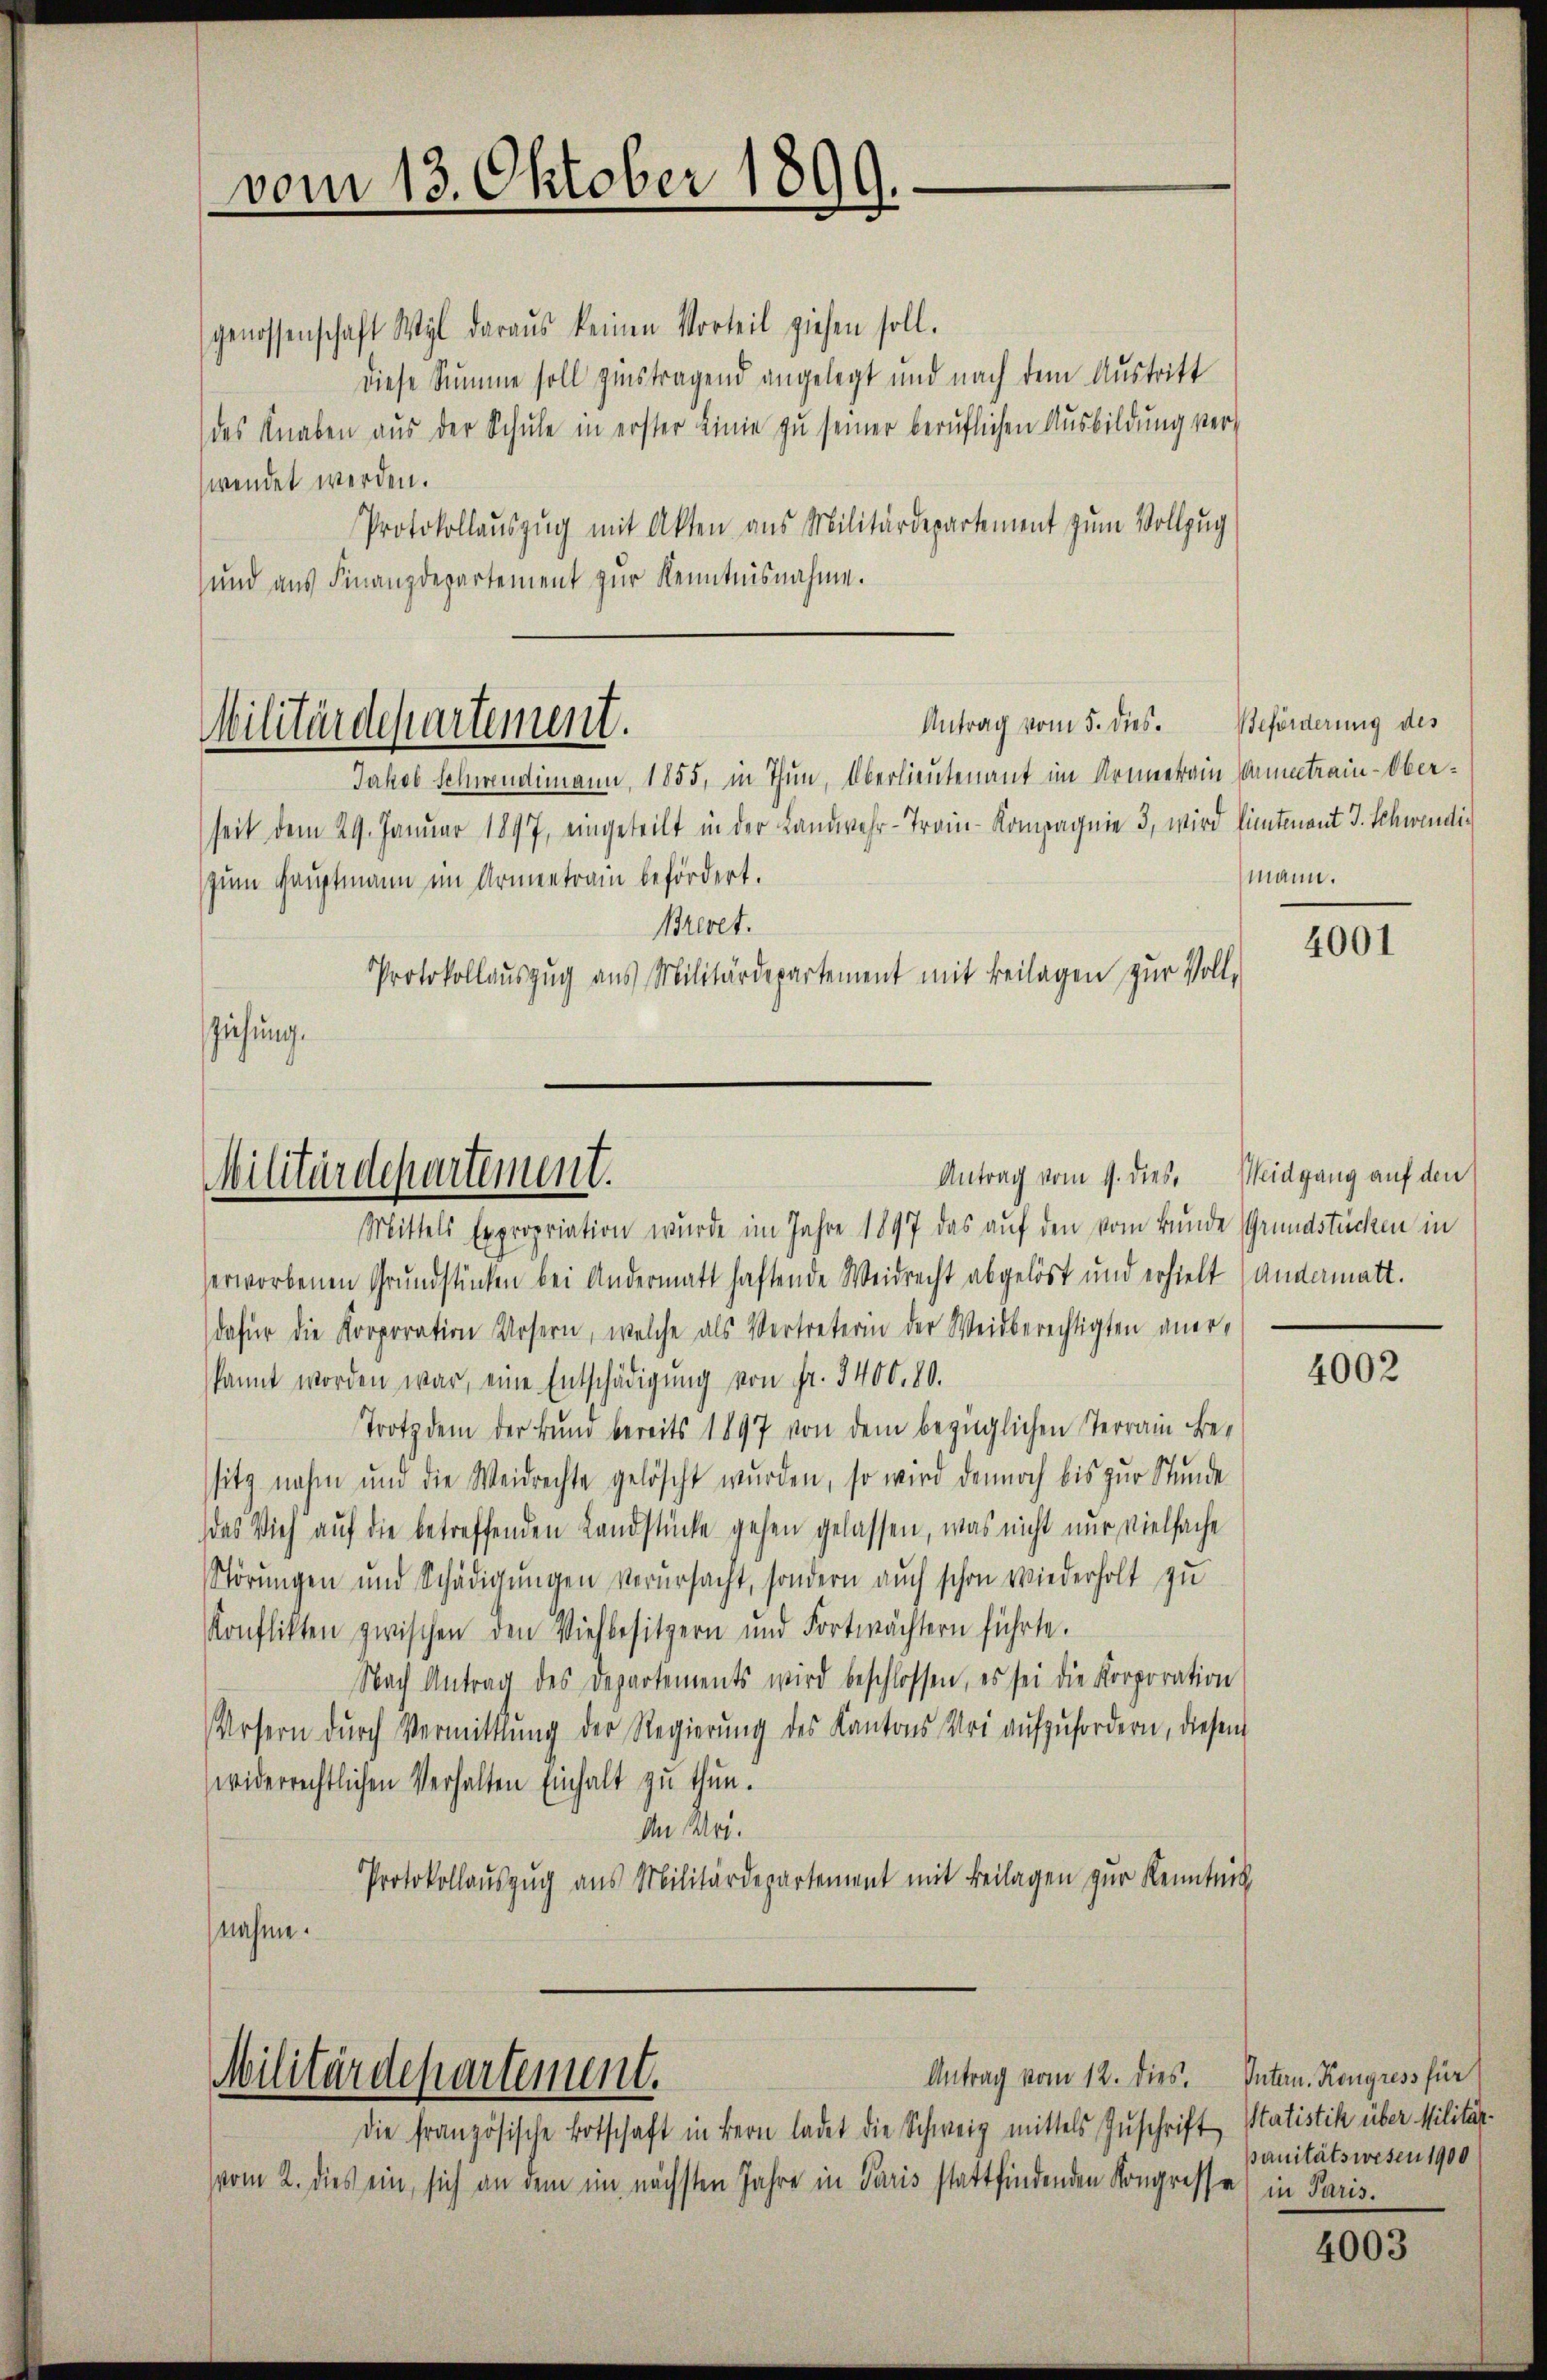
vom 13. Oktober 1899.

genossenschaft Wyl daraus keinen Vorteil ziehen soll.
diese Summe soll gestragend angelegt und nach dem Austritt
des Knaben aus der Schule in erster Linie zu seiner beruflichen Ausbildung ver-
wendet werden.
Protokollaŭszŭg mit Akten aus Militärdepartement zum Vollzug
und aus Finanzdepartement zur Kenntnisnahme.

Antrag vom 5. dies. Beförderung des
Militärdepartement.
Jakob Schwendimann, 1855, in Thun, Oberlieutenant im Armeetrain Cometrain-Ober¬

Militärdepartement.
Mittels Expropriation wurde im Jahre 1897 das auf den vom Bunde Grundstücken in

Militärdepartement.

seit dem 29. Januar 1897, eingeteilt in der Landwehr-Troi-Kompagnie 3, wird hintenant J. Schwendizum Hauptmann im Armentrain befördert.
Brevet.
Protokollauszug aus Militärdepartement mit Beilagen zur Voll-
sziehung.

erworbenen Grundstücken bei Andermatt haftende Weidrecht abgelöst und erhielt (andermatt.
dafür die Korporation Ursern, welche als Vertreterin der Weidberechtigten aner-
kannt worden war, eine Entschädigŭng von Fr. 3400. 80.
Trotzdem der Bund bereits 1897 von dem bezüglichen Terrain Besitz nahm und die Weidrechte gelöscht wŭrden, so wird dennoch bis zur Stunde
das Vieh auf die betreffenden Landstücke gehen gelassen, was nicht nur vielfache
Störungen und Schädigungen verursacht, sondern auch schon wiederholt zu
Konflikten zwischen den Viehbesitzern und Fortwächtern führte.
Nach Antrag des Departements wird beschlossen, es sei die Korporation
Ursern dŭrch Vermittlung der Regierŭng des Kantons Uri aŭfzŭfordern, diesen
widerrechtlichen Verhalten Einhalt zu thun.
An Art.
Protokollauszug aus Militärdepartement mit Beilagen zur Kenntnis
nahme.

Antrag vom 1. dies. Weidgang auf den

Antrag vom 12. dies. Intern. Kongress für

die französische Botschaft in Bern ladet die Schweiz mittels Zuschrift Statistik über Militär-
vom 2. dies ein, sich an dem im nächsten Jahre in Paris stattfindenden Kongresse in Paris.

mann.

4001

4002

panitätswesen 1900

4003